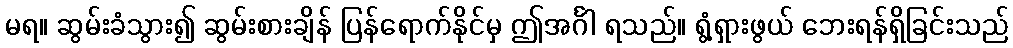
မရ။ ဆွမ်းခံသွား၍ ဆွမ်းစားချိန် ပြန်ရောက်နိုင်မှ ဤအင်္ဂါ ရသည်။ ရွံ့ရှားဖွယ် ဘေးရန်ရှိခြင်းသည်